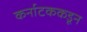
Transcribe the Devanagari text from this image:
कर्नाटककडून